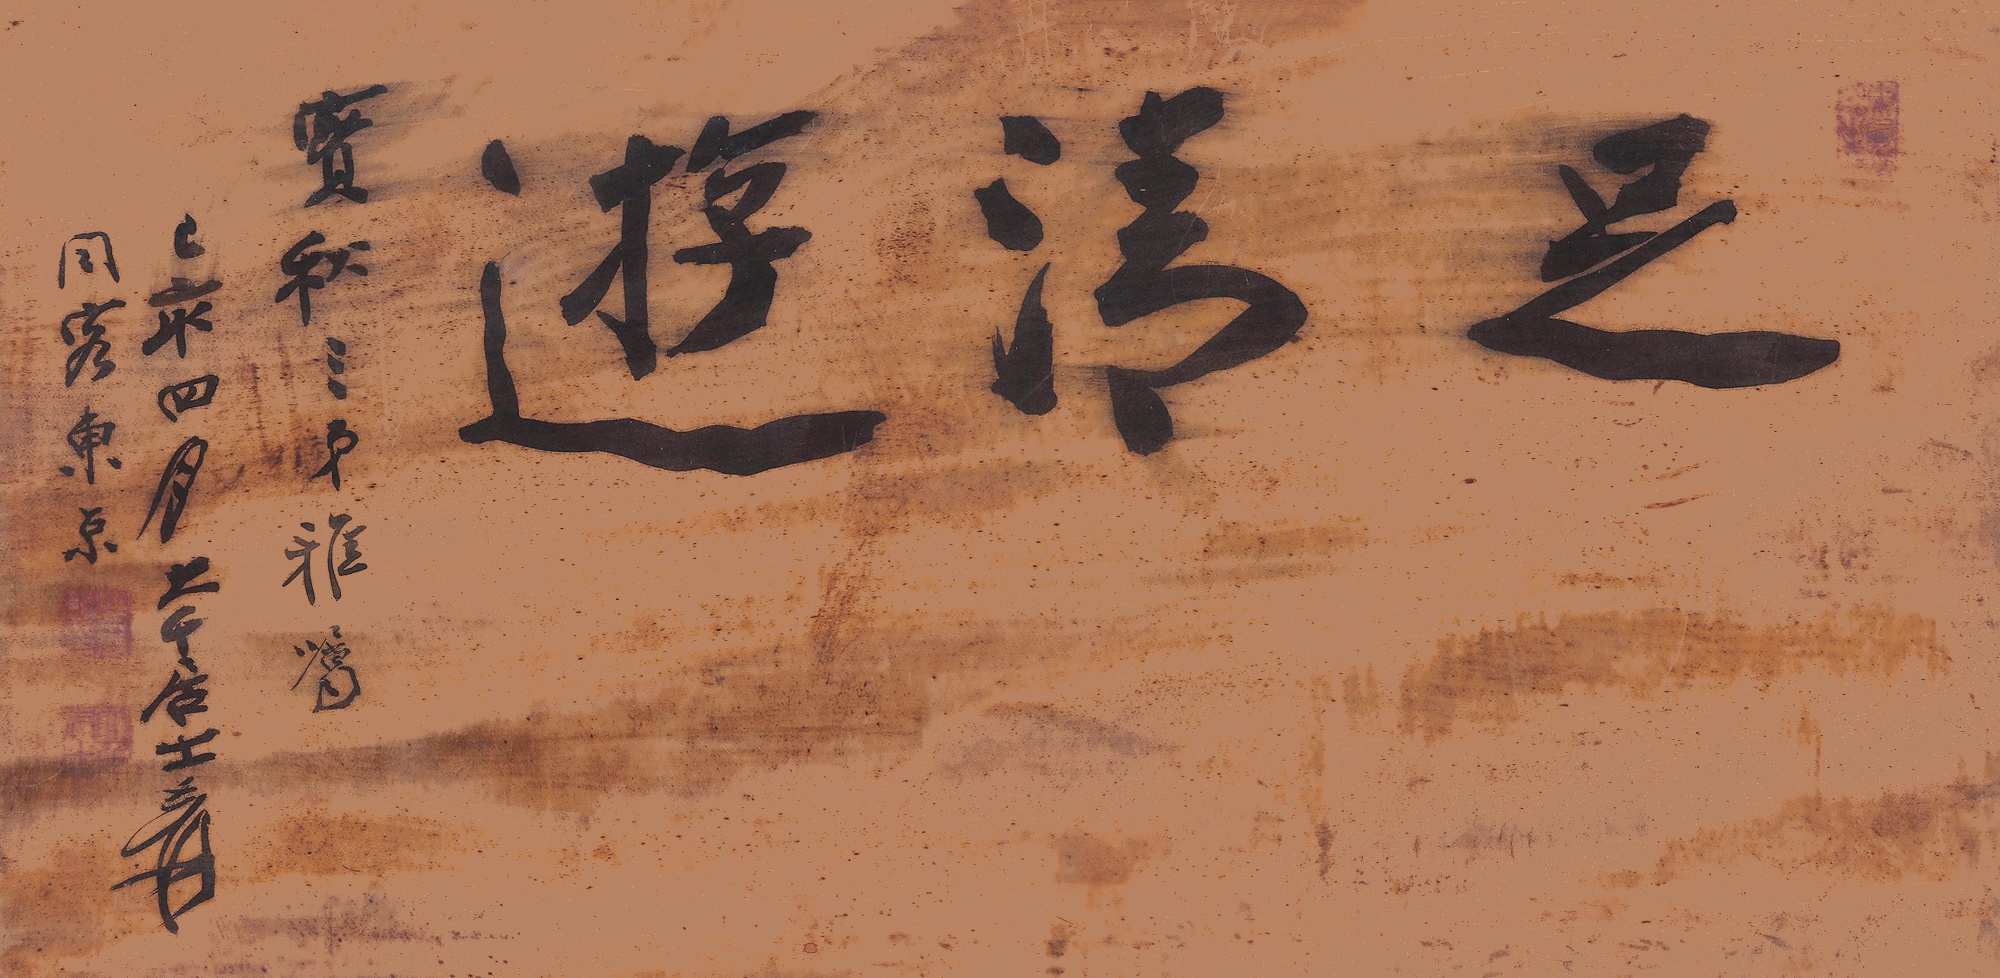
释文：足清游。实秋三弟雅属，己亥四月大千居士爰同客东京。